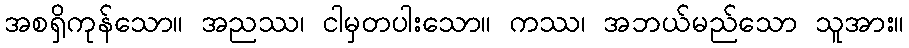
အစရှိကုန်သော။ အညဿ၊ ငါမှတပါးသော။ ကဿ၊ အဘယ်မည်သော သူအား။